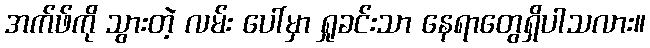
အက်ဖ်ကို သွားတဲ့ လမ်း ပေါ်မှာ ရှုခင်းသာ နေရာတွေရှိပါသလား။